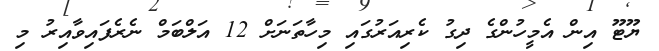
ޔޫޓޫ އިން އެމީހުންގެ ދިގު ކެރިއަރުގައި މިހާތަނަށް 12 އަލްބަމް ނެރެފައިވާއިރު މި